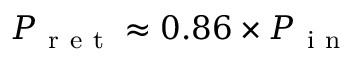
P _ { \mathrm { ~ r ~ e ~ t ~ } } \approx 0 . 8 6 \times P _ { \mathrm { ~ i ~ n ~ } }